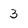
Character: 3